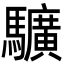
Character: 𩧉